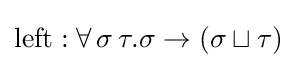
\mathrm {left} :\forall \,\sigma \,\tau .\sigma \to (\sigma \sqcup \tau )